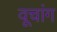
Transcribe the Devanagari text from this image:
वूचांग